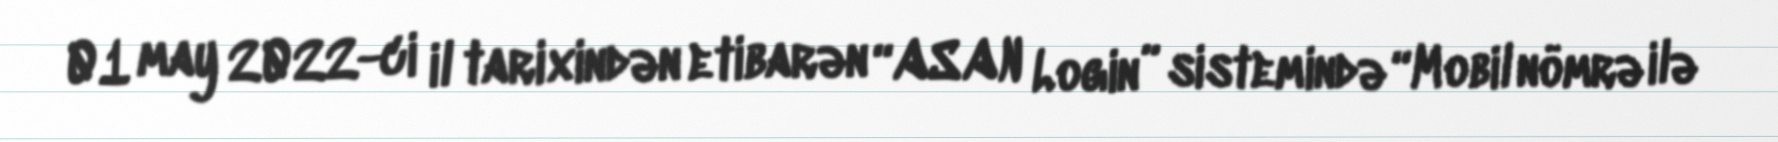
01 may 2022-ci il tarixindən etibarən “ASAN Login” sistemində “Mobil nömrə ilə